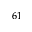
^ { 6 1 }